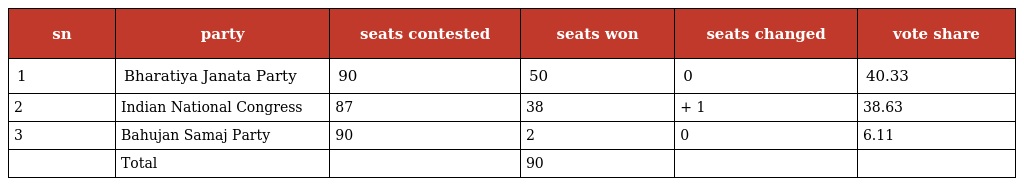
| sn | party | seats contested | seats won | seats changed | vote share |
 | --- | --- | --- | --- | --- | --- |
 | 1 | Bharatiya Janata Party | 90 | 50 | 0 | 40.33 |
 | 2 | Indian National Congress | 87 | 38 | + 1 | 38.63 |
 | 3 | Bahujan Samaj Party | 90 | 2 | 0 | 6.11 |
 |  | Total |  | 90 |  |  |